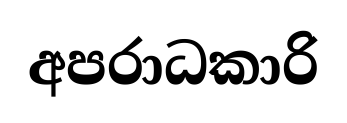
අපරාධකාරි